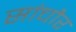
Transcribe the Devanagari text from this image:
सांचौर